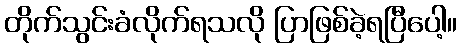
တိုက်သွင်းခံလိုက်ရသလို ပြာဖြစ်ခဲ့ရပြီပေါ့။